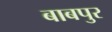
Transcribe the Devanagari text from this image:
बाबपुर